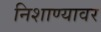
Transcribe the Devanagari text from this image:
निशाण्यावर